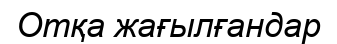
Отқа жағылғандар